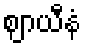
ဈာယီနံ